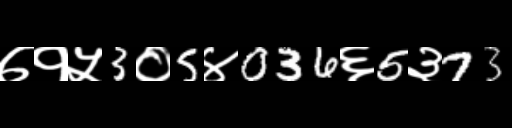
Text: ७१५3०5४036६5३73